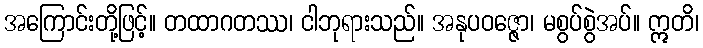
အကြောင်းတို့ဖြင့်။ တထာဂတဿ၊ ငါဘုရားသည်။ အနုပဝဇ္ဇော၊ မစွပ်စွဲအပ်။ ဣတိ၊